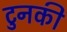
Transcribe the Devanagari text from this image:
टुनकी